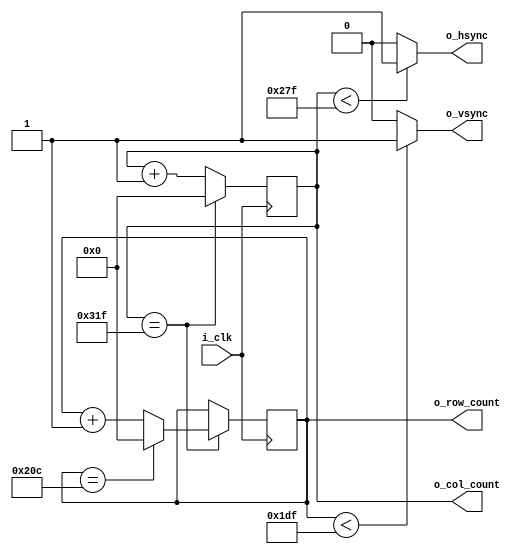
////////////////////////////////////////////////////////////////////////////////
//   Module Name: vga_sync_pulse.v
//  Dependencies: 25 MHz Clock Input and Hsynch and Vsynch Output
//          Info: Producing Vertical and Horizontal Synch Signals using clock 
//                reference
////////////////////////////////////////////////////////////////////////////////


module vga_sync_pulse
(
    input   i_clk,
    output  o_hsync,
    output  o_vsync,
    output reg [9:0] o_col_count = 0,
    output reg [9:0] o_row_count = 0
);

    //Parameter Needed For producing horizontal and veritical sync
    parameter TOTAL_COLS = 800;
    parameter TOTAL_ROWS = 525;
    parameter ACTIVE_COLS = 640;
    parameter ACTIVE_ROWS = 480;

    always @(posedge i_clk) begin
        if( o_col_count == (TOTAL_COLS - 1))
        begin
            o_col_count<= 0;
            if (  o_row_count == (TOTAL_ROWS - 1) ) 
                o_row_count<= 0;
            else 
                o_row_count <= o_row_count + 1;     
        end    
        else begin
            o_col_count<= o_col_count + 1;
        end
    end

    assign o_hsync = o_col_count < (ACTIVE_COLS - 1) ? 1'b1 : 1'b0;
    assign o_vsync = o_row_count < (ACTIVE_ROWS - 1) ? 1'b1 : 1'b0;

endmodule